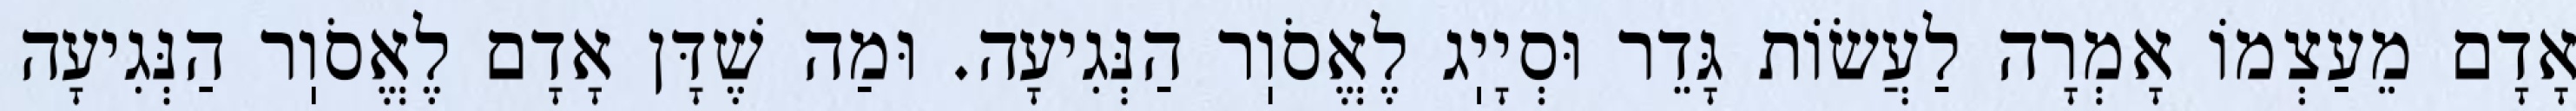
אָדָם מֵעַצְמוֹ אָמְרָה לַעֲשׂוֹת גָּדֵר וּסְיָיֽג לֶאֱסֹוֽר הַנְּגִיעָה. וּמַה שֶׁדָּן אָדָם לֶאֱסֹוֽר הַנְּגִיעָה